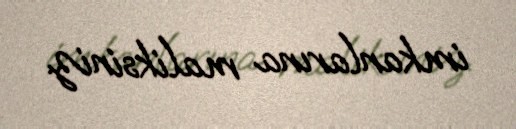
imkanlarına maliksiniz.